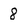
Character: 8